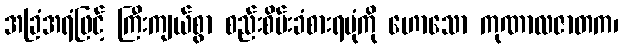
အခြံအရံဖြင့် ကြီးကျယ်စွာ စည်းစိမ်းခံစားရပုံကို ဟောသော ကုဏာလဇာတက၊